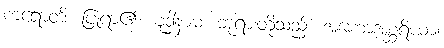
ကရောတိ၊ ပြုရာ၏။ ဗုဒ္ဓါနာမ၊ ဘုရားတို့သည်။ အဟောအစ္ဆရိယာ၊